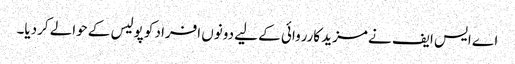
اے ایس ایف نے مزید کارروائی کے لیے دونوں افراد کو پولیس کے حوالے کردیا۔